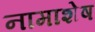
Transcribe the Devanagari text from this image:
नामाशेष